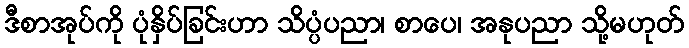
ဒီစာအုပ်ကို ပုံနှိပ်ခြင်းဟာ သိပ္ပံပညာ၊ စာပေ၊ အနုပညာ သို့မဟုတ်